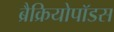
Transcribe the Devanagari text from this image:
ब्रैक्रियोपॉडस